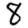
Digit: 8